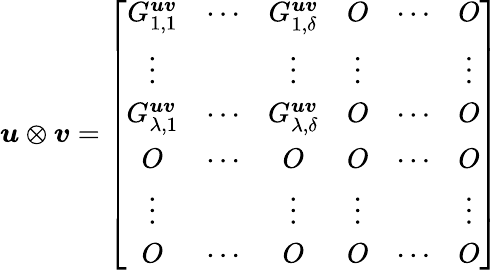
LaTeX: \boldsymbol{u}\otimes\boldsymbol{v}=\left[\begin{array}{cccccc}{G_{1,1}^{\boldsymbol{uv}}}&{\cdots}&{G_{1,\delta}^{\boldsymbol{uv}}}&{O}&{\cdots}&{O}\\ {\vdots}&&{\vdots}&{\vdots}&&{\vdots}\\ {G_{\lambda,1}^{\boldsymbol{uv}}}&{\cdots}&{G_{\lambda,\delta}^{\boldsymbol{uv}}}&{O}&{\cdots}&{O}\\ {O}&{\cdots}&{O}&{O}&{\cdots}&{O}\\ {\vdots}&&{\vdots}&{\vdots}&&{\vdots}\\ {O}&{\cdots}&{O}&{O}&{\cdots}&{O}\end{array}\right]